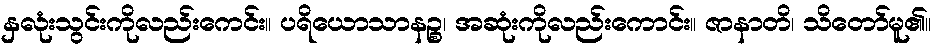
နှလုံးသွင်းကိုလည်းကေင်း။ ပရိယောသာနဉ္စ၊ အဆုံးကိုလည်းကောင်း။ ဇာနာတိ၊ သိတော်မူ၏။